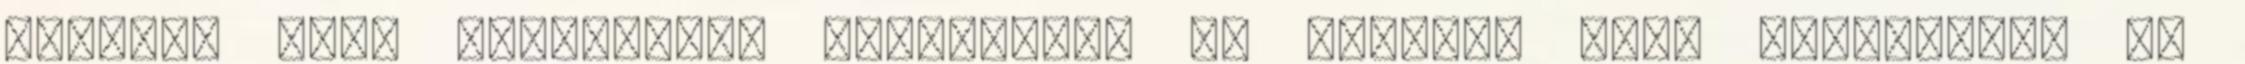
Európai Unió szervezeti felépítése Az Európai Unió szervezete és